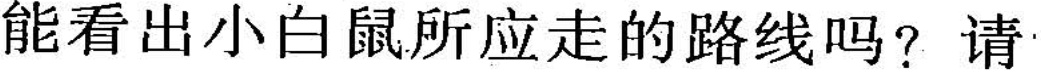
能看出小白鼠所应走的路线吗?请